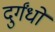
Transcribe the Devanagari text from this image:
दुर्गंधों